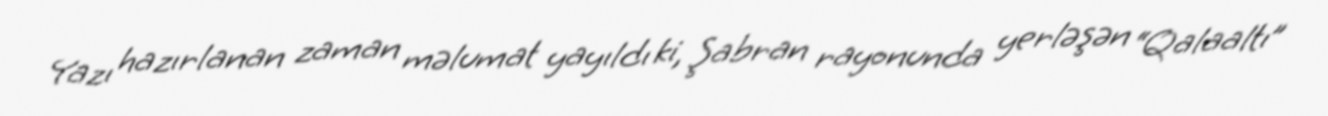
Yazı hazırlanan zaman məlumat yayıldı ki, Şabran rayonunda yerləşən “Qalaaltı”